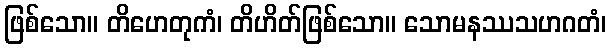
ဖြစ်သော။ တိဟေတုကံ၊ တိဟိတ်ဖြစ်သော။ သောမနဿသဟဂတံ၊